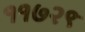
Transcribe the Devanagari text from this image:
११७२९